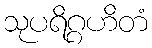
သုပရိဂ္ဂဟိတံ